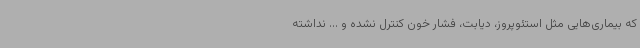
که بیماری‌هایی مثل استئوپروز، ‌دیابت، فشار خون کنترل نشده و ... نداشته